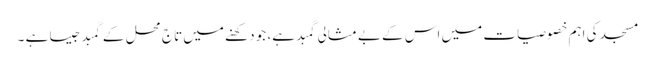
مسجد کی اہم خصوصیات میں اس کے بے مثالی گمبد ہے، جو دکھنے میں تاج محل کے گمبد جیسا ہے ۔